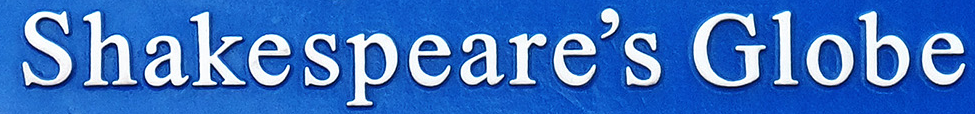
Shakespeare's Globe